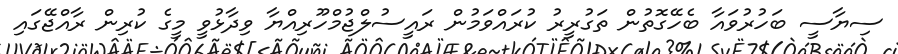
ސިޔާސީ ބަހުރުވައާ ބެހޭގޮތުން ތަގުރީރު ކުރައްވަމުން ރައީސުލްޖުމްހޫރިއްޔާ ވިދާޅުވީ މީގެ ކުރިން ރާއްޖޭގައި